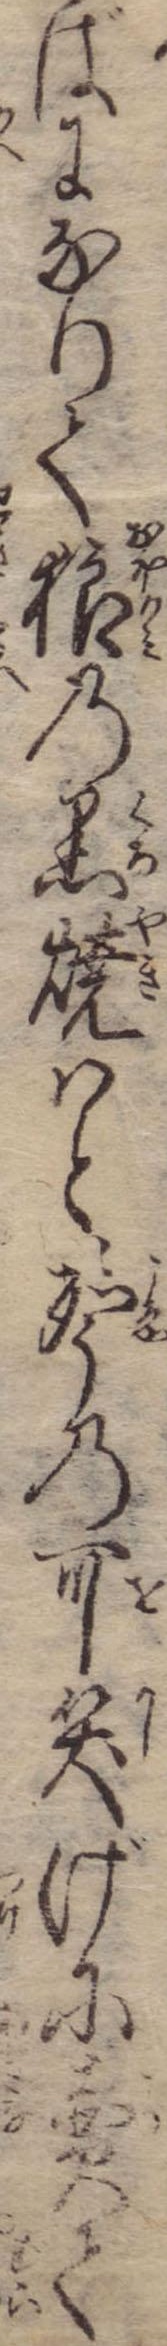
ばになりて狼の黒焼はと声の可笑げに売て